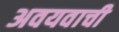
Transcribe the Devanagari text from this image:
अवयवाची